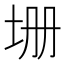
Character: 𡊢